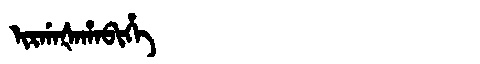
Manchu: ᡳᡵᡤᠠᡧᠠᡥᠠᠪᡳᡥᡝ
Romanization: IRGAŠAHABIHE